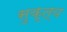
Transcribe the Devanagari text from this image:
सुकृत्य